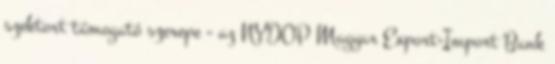
szektort támogató szerepe - az NYDOP Magyar Export-Import Bank